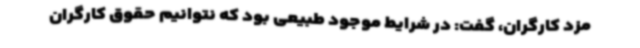
مزد کارگران، گفت: در شرایط موجود طبیعی بود که نتوانیم حقوق کارگران